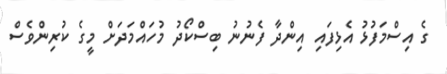
ގެ އިސްމަފުޅު އެޅިފައި އިންދާ ފެނުނު ބިސްކޯދު މުހައްމަދަށް މީގެ ކުރިންވެސް